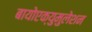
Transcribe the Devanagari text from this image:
बायोएक्युमुलेशन